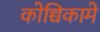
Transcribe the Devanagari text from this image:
कोच्चिकामे